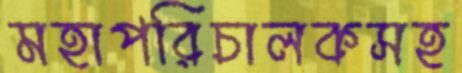
মহাপরিচালকসহ